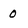
Character: 0